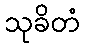
သုခိတံ